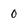
Character: o